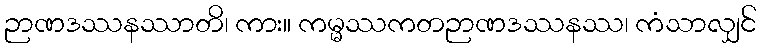
ဉာဏဒဿနဿာတိ၊ ကား။ ကမ္မဿကတဉာဏဒဿနဿ၊ ကံသာလျှင်